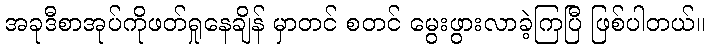
အခုဒီစာအုပ်ကိုဖတ်ရှုနေချိန် မှာတင် စတင် မွေးဖွားလာခဲ့ကြပြီ ဖြစ်ပါတယ်။